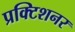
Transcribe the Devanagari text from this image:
प्रक्टिशनर